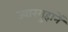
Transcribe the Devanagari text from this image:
ज्वारमुहानें